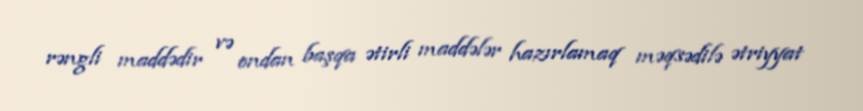
rəngli maddədir və ondan başqa ətirli maddələr hazırlamaq məqsədilə ətriyyat